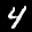
Label: 4